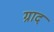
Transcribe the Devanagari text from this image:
ग्राद